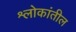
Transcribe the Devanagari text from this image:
श्लोकांतील